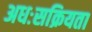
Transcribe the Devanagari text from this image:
अधःसक्रियता